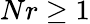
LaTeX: Nr\geq 1